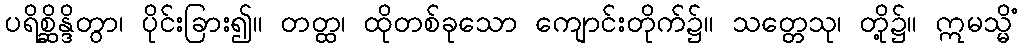
ပရိစ္ဆိန္ဒိတွာ၊ ပိုင်းခြား၍။ တတ္ထ၊ ထိုတစ်ခုသော ကျောင်းတိုက်၌။ သတ္တေသု၊ တို့၌။ ဣမသ္မိံ